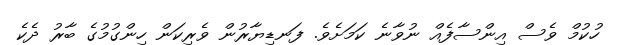
ހުކުމް ވެސް އިންސާފެއް ނުވާނެ ކަމަށެވެ. ފަނޑިޔާރުން ވެރިކަން ހިންގުމުގެ ބާރު ދެކެ